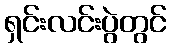
ရှင်းလင်းပွဲတွင်